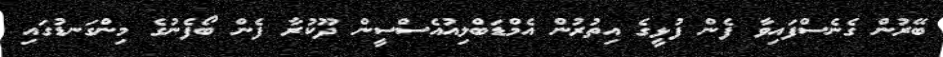
ބޭރުން ގެނެސްފައިވާ ފެން ފުޅީގެ އިތުރުން އެމްޑަބްލިއުއެސްސީން ދޫކުރާ ފެން ބޯފެނުގެ މިންގަނޑުގައި